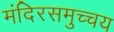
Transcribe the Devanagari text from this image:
मंदिरसमुच्चय